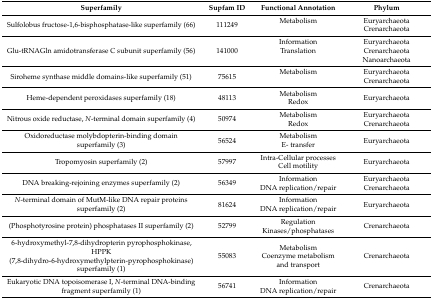
<table><thead><tr><td><b>Superfamily</b></td><td><b>Supfam ID</b></td><td><b>Functional Annotation</b></td><td><b>Phylum</b></td></tr></thead><tbody><tr><td>Sulfolobus fructose-1,6-bisphosphatase-like superfamily (66)</td><td>111249</td><td>Metabolism </td><td>EuryarchaeotaCrenarchaeota</td></tr><tr><td>Glu-tRNAGln amidotransferase C subunit superfamily (56)</td><td>141000</td><td>InformationTranslation </td><td>EuryarchaeotaCrenarchaeotaNanoarchaeota</td></tr><tr><td>Siroheme synthase middle domains-like superfamily (51)</td><td>75615</td><td>Metabolism</td><td>EuryarchaeotaCrenarchaeota</td></tr><tr><td>Heme-dependent peroxidases superfamily (18)</td><td>48113</td><td>MetabolismRedox</td><td>Euryarchaeota</td></tr><tr><td>Nitrous oxide reductase, <i>N</i>-terminal domain superfamily (4)</td><td>50974</td><td>MetabolismRedox</td><td>EuryarchaeotaCrenarchaeota</td></tr><tr><td>Oxidoreductase molybdopterin-binding domain superfamily (3)</td><td>56524</td><td>MetabolismE- transfer</td><td>Euryarchaeota</td></tr><tr><td>Tropomyosin superfamily (2)</td><td>57997</td><td>Intra-Cellular processesCell motility</td><td>Euryarchaeota</td></tr><tr><td>DNA breaking-rejoining enzymes superfamily (2)</td><td>56349</td><td>InformationDNA replication/repair</td><td>EuryarchaeotaCrenarchaeota</td></tr><tr><td><i>N</i>-terminal domain of MutM-like DNA repair proteins superfamily (2)</td><td>81624</td><td>InformationDNA replication/repair</td><td>Euryarchaeota</td></tr><tr><td>(Phosphotyrosine protein) phosphatases II superfamily (2)</td><td>52799</td><td>RegulationKinases/phosphatases</td><td>Crenarchaeota</td></tr><tr><td>6-hydroxymethyl-7,8-dihydropterin pyrophosphokinase, HPPK (7,8-dihydro-6-hydroxymethylpterin-pyrophosphokinase) superfamily (1)</td><td>55083</td><td>MetabolismCoenzyme metabolism and transport</td><td>Crenarchaeota</td></tr><tr><td>Eukaryotic DNA topoisomerase I, <i>N</i>-terminal DNA-binding fragment superfamily (1)</td><td>56741</td><td>InformationDNA replication/repair</td><td>Crenarchaeota</td></tr></tbody></table>